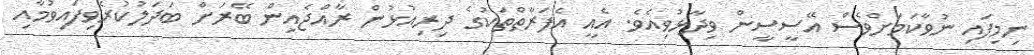
ނިމިފައި ނުވާކަމަށްވެސް އޭސީސީން ވިދާޅުވިއެވެ. އެއީ އެފަރާތްތަކުގެ ދިރިއުޅުން ރާއްޖެއިން ބޭރަށް ބަދަލުކުރެވިފައިވުމާއި